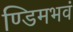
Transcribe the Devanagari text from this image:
ण्डिमभवं